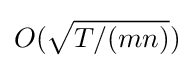
O({\sqrt {T/(mn)}})